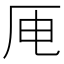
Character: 𪠄